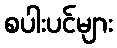
စပါးပင်များ